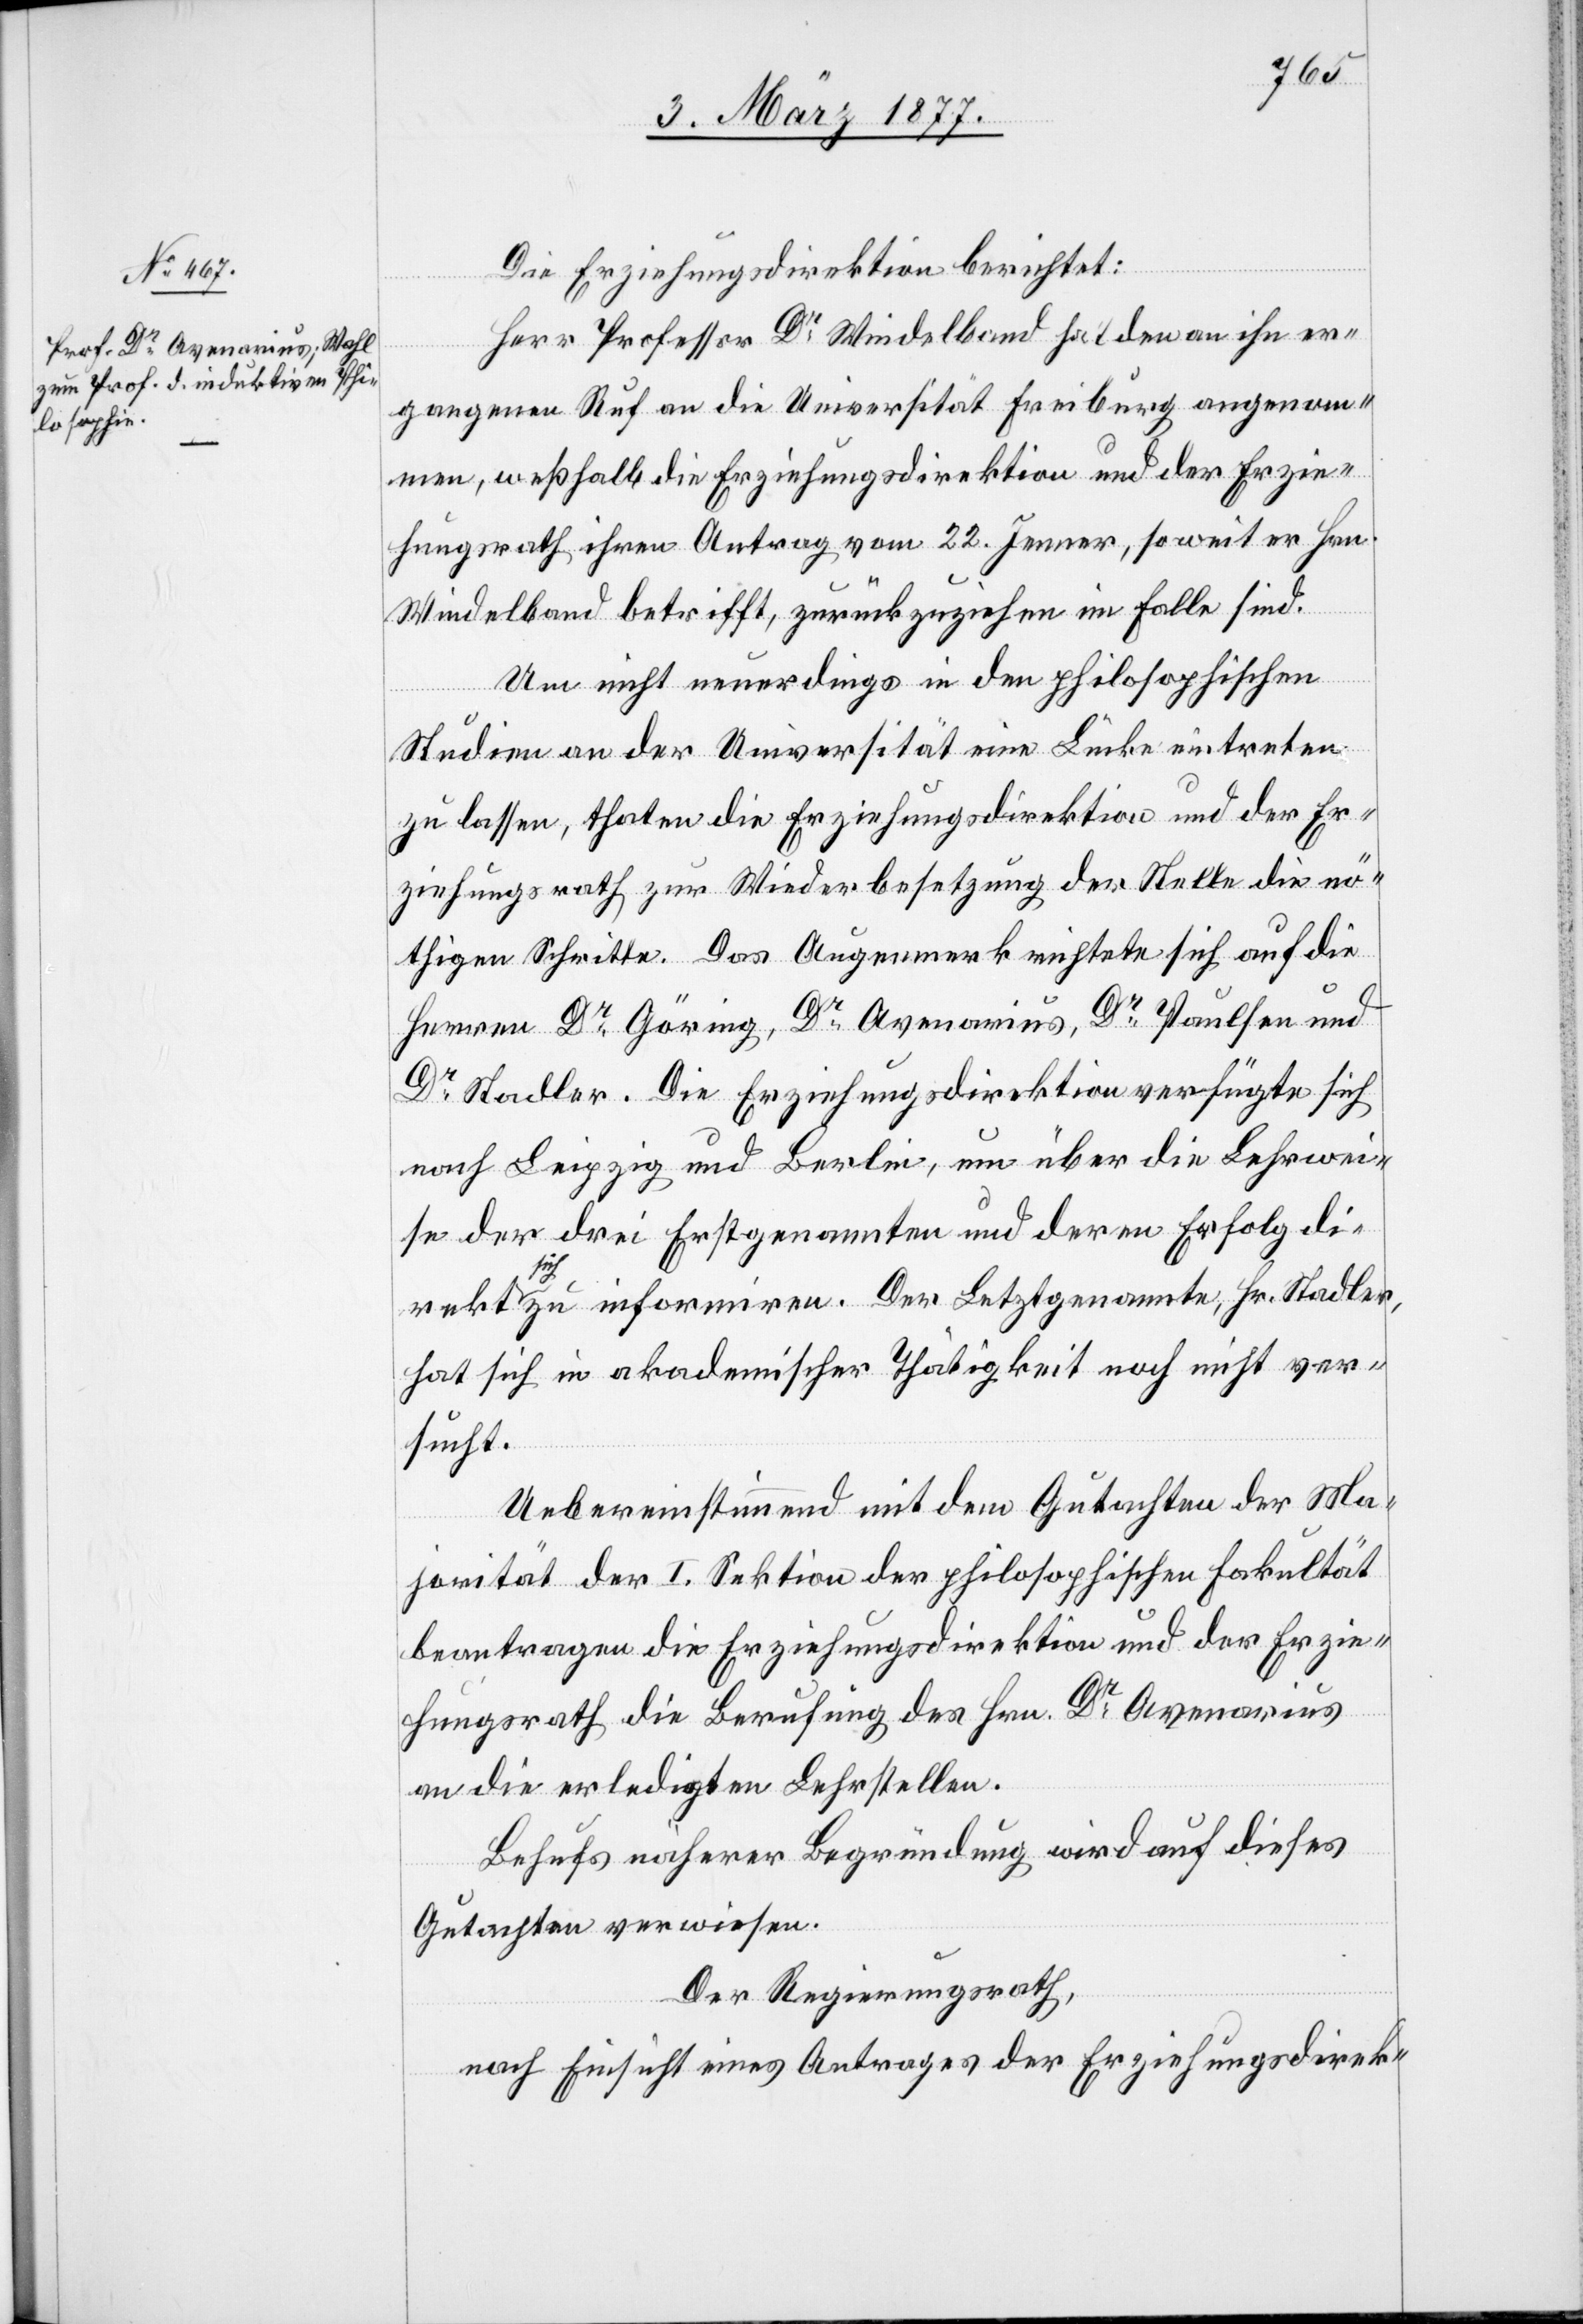
Die Erziehungsdirektion berichtet:
Herr Professor Dr Windelband hat den an ihn er¬
gangenen Ruf an die Universität Freiburg angenom¬
men, weßhalb die Erziehungsdirektion und der Erzie¬
hungsrath ihren Antrag vom 22. Jenner, soweit er Hrn.
Windelband betrifft, zurückzuziehen im Falle sind.
rekte
Um nicht neuerdings in den philosophischen
Studien an der Universität eine Lücke eintreten
zu lassen, thaten die Erziehungsdirektion und der Er¬
ziehungsrath zur Wiederbesetzung der Stelle die nö¬
thigen Schritte. Das Augenmerk richtete sich auf die
Herren Dr Göring, Dr Avenarius, Dr Paulsen und
Dr Stadler. Die Erziehungsdirektion verfügte sich
nach Leipzig und Berlin, um über die Lehrwei¬
se der drei Erstgenannten und deren Erfolg di¬
sich zu informiren. Der letztgenannte, Hr. Stadler,
hat sich in akademischer Thätigkeit noch nicht ver¬
sucht.
Uebereinstimmend mit dem Gutachten der Ma¬
jorität der I. Sektion der philosophischen Fakultät
beantragen die Erziehungsdirektion und der Erzie¬
hungsrath die Berufung des Hrn. Dr Avenarius
an die erledigte Lehrstelle.
Behufs näherer Begründung wird auf dieses
Gutachten verwiesen.
Der Regierungsrath,
nach Einsicht eines Antrages der Erziehungsdirek-